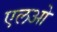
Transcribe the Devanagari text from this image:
एलओ